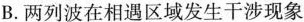
B.两列波在相遇区域发生干涉现象